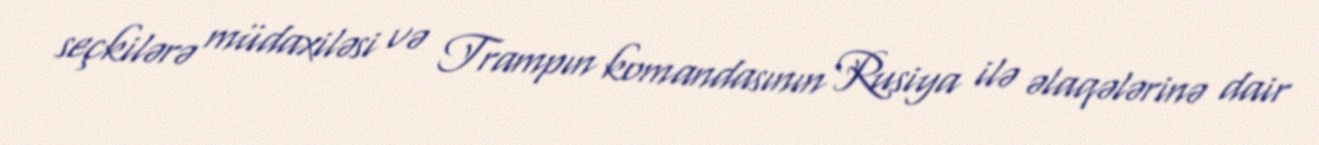
seçkilərə müdaxiləsi və Trampın komandasının Rusiya ilə əlaqələrinə dair